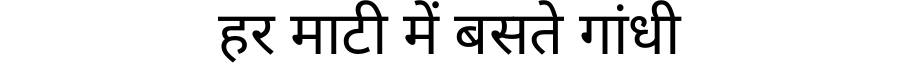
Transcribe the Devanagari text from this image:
हर माटी में बसते गांधी